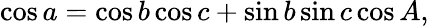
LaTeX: \cos a=\cos b\cos c+\sin b\sin c\cos A,